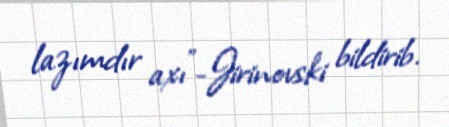
lazımdır axı”-Jirinovski bildirib.